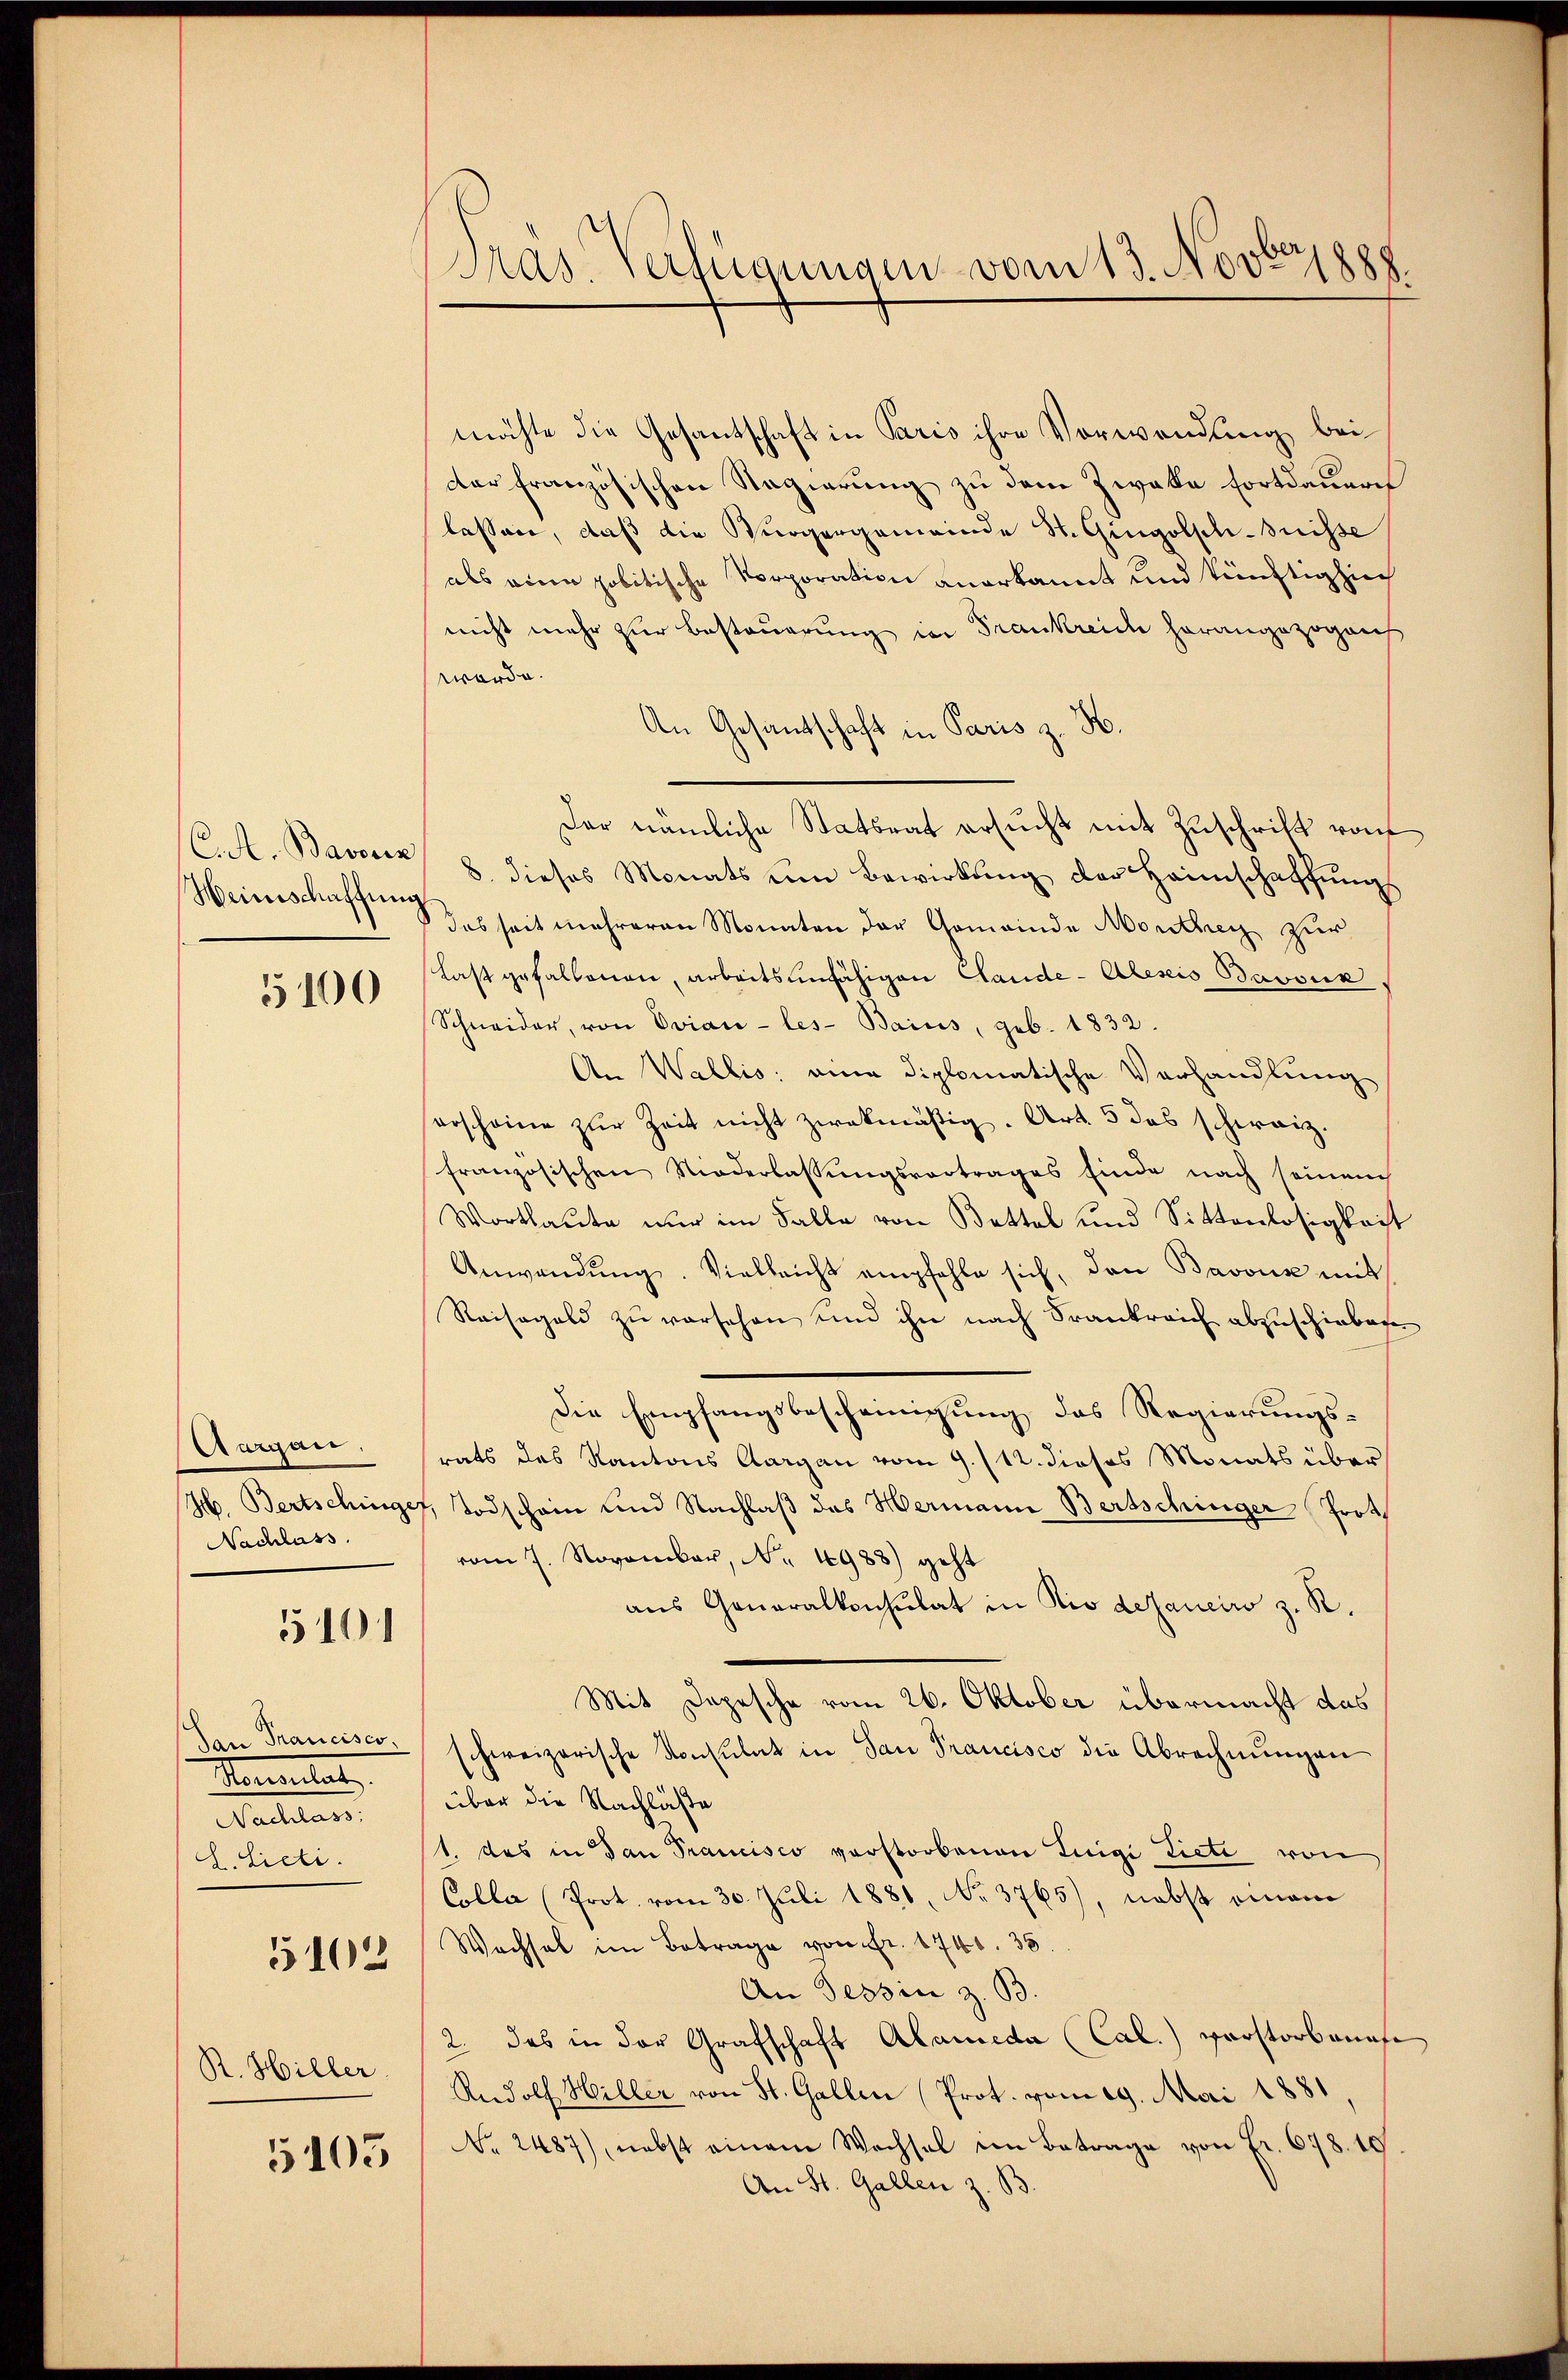
C.A. Bavoriz
Weinschaffung

5100

Aargau.
Nachlass.

5101

San Francisco,
Kamulat,
Mallen.
d. Lieli.
5102
R. Hiller

5105

Präs. Verfügungen vom 13. Novbr. 1888.

möchte die Gesantschaft in Paris ihre Vorwendung bei
der französischen Regierung zu dem Zwake fortdauern
lassen, daß die Bürgergemeinde St. Gingolschnisse
als eine politische Vorporation anerkannt und künftighiech
nicht mehr zur Besteuerung in Frankreiche herangezogeneh
werde.
An Gesandschaft in Paris z. H.
Der nämliche Statsrat ersucht mit Zuschrift von
8. dieses Monats um Bewirkung der Heimschaffungs
das seit mehreren Monaten der Gemeinde Monthey zur
Last gefallenen, arbeitsunfähigen Claude-Alesis Bavour
Schneider, von Evian-les-Bains, geb. 1832.
An Wallis: eine diplomatische Verhandlung
erscheine zŭr Zeit nicht zwekmäßig. Art. 5 das schweiz.
französischen Niederlassŭngsvertrages Einde nach seinem
Wortlaute nur im Falle von Bettel und Sittenlosigkeit
Anwendŭng. Vielleicht empfehle sich, den Bavous mit
Reisegeld zu versehen und ihn nach Frankreich abzuschiebenen
Die Empfangsbescheinigung das Regierungs-
rats des Kantons Aargau vom 9. /12. dieses Monats über
H. Bertschinges, Todschein und Nachlaß des Hermann Bertschinger Prot
vom 7. November, Nr. 1988) geht
aus Generalkonsulat in Rio dezaneiro z. R.
Mit Depesche vom 26. Oktober übermacht das
schweizerische Konsulat in San Francisco die Abrechnŭngen
über die Nachläße
1. das in dan Prancisco vorstorbenen Luigi Licti von
Colla (Prot. vom 30. Juli 1881, No 3765), nebst einem
Wechsel im Betrage von fr. 1746. 38.
An Tessin z. B.
2. das in der Grafschaft Alameda (Cal.) verstorbenef
Rudolf Hiller von St. Gallen Prot. vom 29. Mai 1881
Nr. 2487), nebst einem Wechsel im Betrage von Fr. 678. 10
An St. Gallen z. B.